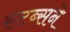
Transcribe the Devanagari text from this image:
स्टब्सने